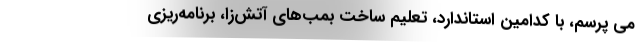
می پرسم، با کدامین استاندارد، تعلیم ساخت بمب‌های آتش‌زا، برنامه‌ریزی